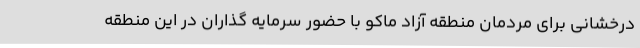
درخشانی برای مردمان منطقه آزاد ماکو با حضور سرمایه گذاران در این منطقه